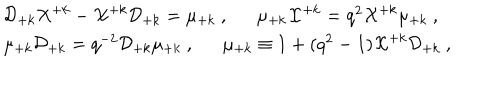
LaTeX: \begin{array} { l } { { { \cal D } _ { + k } { \cal X } ^ { + k } - { \cal X } ^ { + k } { \cal D } _ { + k } = \mu _ { + k } ~ , \mu _ { + k } { \cal X } ^ { + k } = q ^ { 2 } { \cal X } ^ { + k } \mu _ { + k } ~ , } } \\ { { \mu _ { + k } { \cal D } _ { + k } = q ^ { - 2 } { \cal D } _ { + k } \mu _ { + k } ~ , \mu _ { + k } \equiv 1 + ( q ^ { 2 } - 1 ) { \cal X } ^ { + k } { \cal D } _ { + k } ~ , } } \\ \end{array}